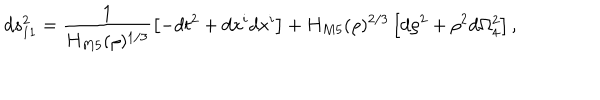
LaTeX: d s _ { 1 1 } ^ { 2 } = \frac { 1 } { H _ { M 5 } ( \rho ) ^ { 1 / 3 } } \left[ - d t ^ { 2 } + d x ^ { i } d x ^ { i } \right] + H _ { M 5 } ( \rho ) ^ { 2 / 3 } \left[ d \rho ^ { 2 } + \rho ^ { 2 } d \Omega _ { 4 } ^ { 2 } \right] ,